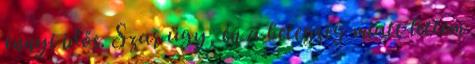
ennyi idős. Szar ügy, én a betegség miatt lettem